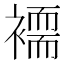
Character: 𮖲